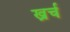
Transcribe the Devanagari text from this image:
ख्रर्च